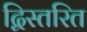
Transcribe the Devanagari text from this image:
द्विस्तरित